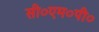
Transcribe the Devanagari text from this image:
सी०एम०पी०